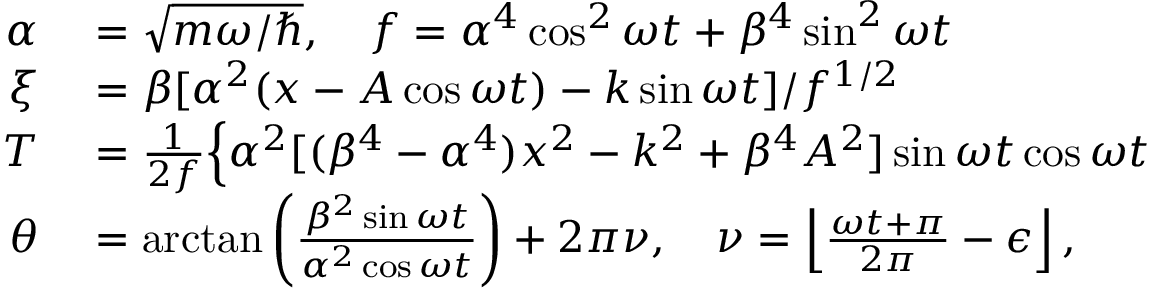
\begin{array} { r l } { \alpha } & { { } = \sqrt { m \omega / \hbar } , \quad f = \alpha ^ { 4 } \cos ^ { 2 } \omega t + \beta ^ { 4 } \sin ^ { 2 } \omega t } \\ { \xi } & { { } = \beta [ \alpha ^ { 2 } ( x - A \cos \omega t ) - k \sin \omega t ] / f ^ { 1 / 2 } } \\ { { \cal T } } & { { } = \frac { 1 } { 2 f } \Big \{ \alpha ^ { 2 } [ ( \beta ^ { 4 } - \alpha ^ { 4 } ) x ^ { 2 } - k ^ { 2 } + \beta ^ { 4 } A ^ { 2 } ] \sin \omega t \cos \omega t } \\ { \theta } & { { } = \arctan \left( \frac { \beta ^ { 2 } \sin \omega t } { \alpha ^ { 2 } \cos \omega t } \right) + 2 \pi \nu , \quad \nu = \left\lfloor \frac { \omega t + \pi } { 2 \pi } - \epsilon \right\rfloor , } \end{array}